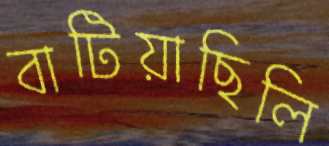
বাটিয়াছিলি